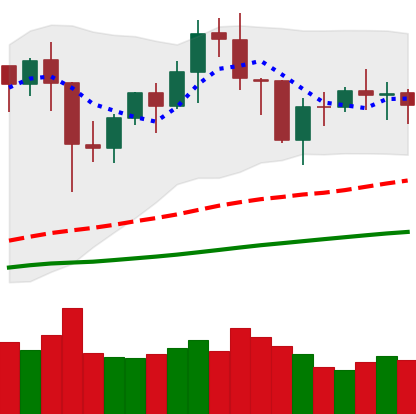
Ticker: BNB-USD
Chart end date: 2021-01-27
Forward return: 25.888%
Label: up_7plus